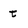
Character: t